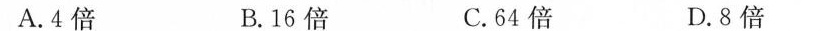
A.4倍 B.16倍 C.64倍 D.8倍